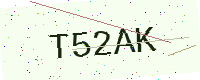
Text: T52AK